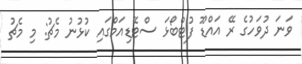
ވަނަ ދުވަހުގެ ރޭ އައްޑޫ ފުޓްބޯޅަ ސްޓޭޑިއަމްގައި ކުޅުނު މެޗު: މި މެޗު